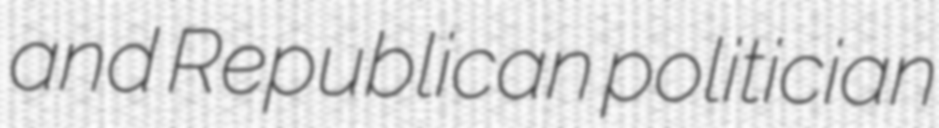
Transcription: and Republican politician